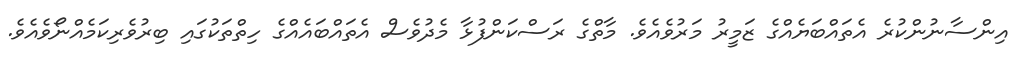
އިންސާނުންކުރެ އެތައްބަޔެއްގެ ޒަމީރު މަރުވެއެވެ. މާތްގެ ރަސްކަންފުޅާ މެދުވެސް އެތައްބައެއްގެ ހިތްތަކުގައި ބިރުވެރިކަމެއްނޯވެއެވެ.